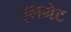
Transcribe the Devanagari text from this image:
पूलगेट